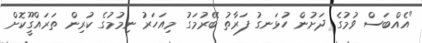
"އެއްބަސް ވުމުގެ ދަށުން ހުޅަނގު ފަރާތު ބޭރުމަގު މިއަހަރު ނިމުމުގެ ކުރިން ތަރައްގީޫކޮށް